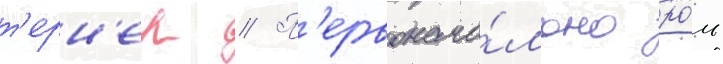
т'ерн'ер // П'ервонача́льно ро́ль